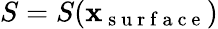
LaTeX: S=S(\mathbf x_{\mathrm{~s~u~r~f~a~c~e~}})